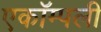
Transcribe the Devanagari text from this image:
एकॉम्पली